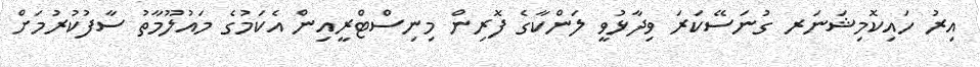
އިރު ހައިކޮމިޝަނަރ ގުނަސޭކަރަ ވިދާޅުވީ ލަންކާގެ ފޮރިން މިނިސްޓްރީއިން އެކަމުގެ މައުލޫމާތު ސާފުކުރުމަށް